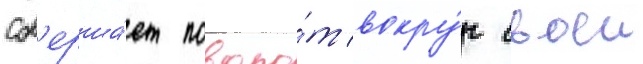
сов'ерша́ет поворо́т вокру́г своеи